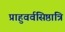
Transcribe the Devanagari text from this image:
प्राहुवर्वसिष्ठात्रि